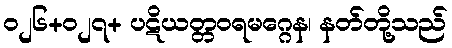
၀၂၆+၀၂၇+ ပဋိယတ္တဝရမဂ္ဂေန၊ နတ်တို့သည်